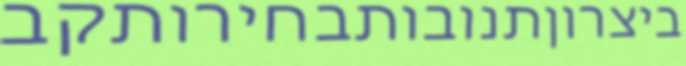
ביצרוןתנובותבחירותקב